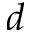
d